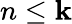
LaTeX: n\le\mathbf{k}